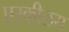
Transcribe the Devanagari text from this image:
एस्कीलस